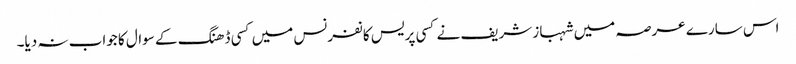
اس سارے عرصہ میں شہباز شریف نے کسی پریس کانفرنس میں کسی ڈھنگ کے سوال کا جواب نہ دیا۔